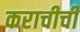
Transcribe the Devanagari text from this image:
कराचीची